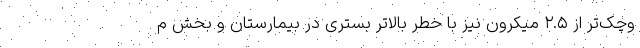
وچک‌تر از ۲.۵ میکرون نیز با خطر بالاتر بستری در بیمارستان و بخش م